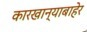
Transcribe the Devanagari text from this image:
कारखान्याबाहेर